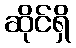
ဆိုင်ရှိ